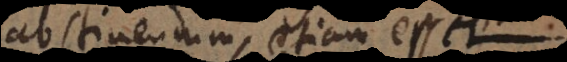
abstinendum, etiam esset